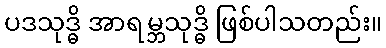
ပဒသုဒ္ဓိ အာရမ္ဘသုဒ္ဓိ ဖြစ်ပါသတည်း။